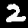
Label: 2